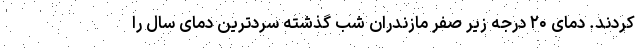
کردند. دمای ۲۰ درجه زیر صفر مازندران شب گذشته سردترین دمای سال را